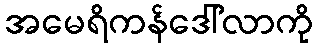
အမေရိကန်ဒေါ်လာကို